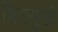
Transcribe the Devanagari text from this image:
चित्‌सुखी